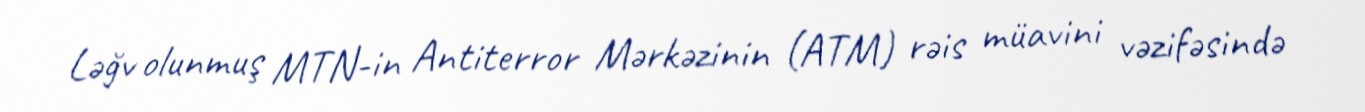
Ləğv olunmuş MTN-in Antiterror Mərkəzinin (ATM) rəis müavini vəzifəsində